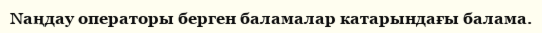
Nаңдау операторы берген баламалар катарындағы балама.